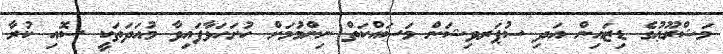
މަޝްރޫޢުގެ ޑިޒައިން އަދި ސުޕަރވިޝަން މަސައްކަތް ނިންމުމަށް ހުށަހަޅާފައިވާ މުއަދަތަކީ ސޮއި ކުރާ